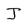
Character: J